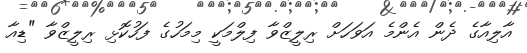
އާލިއާގެ ދެން އެންމެ އަވަހަށް ރިލީޒްވާ ފިލްމަކީ މިމަހުގެ ފަހުކޮޅި ރިލީޒްވާ "ޑިއާ